Annual report of the Central Committee of the Association together with the report of the directors of the Pasteur Institute at Kasauli
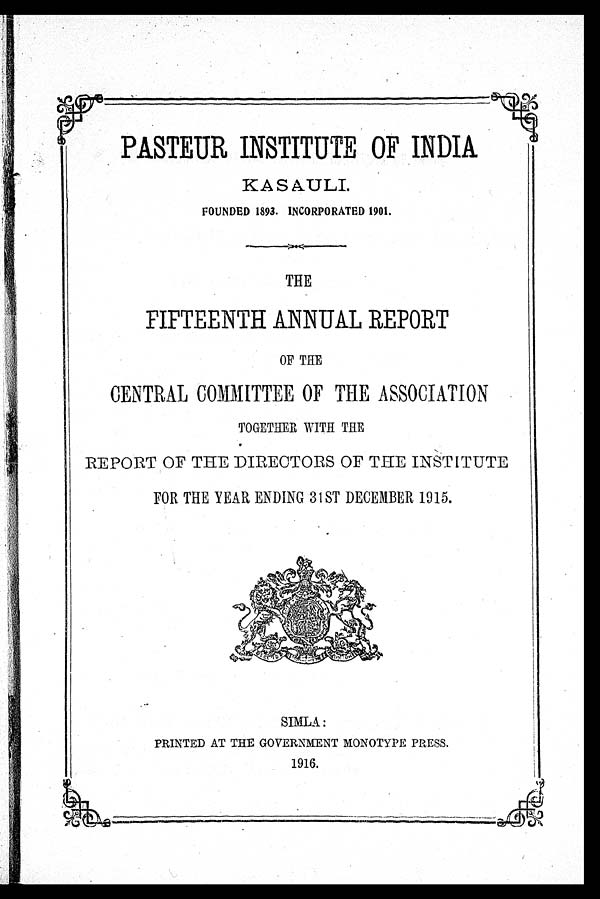
F
PASTEUR INSTITUTE OF INDIA
KASAULI.
FOUNDED 1893. INCORPORATED 1901.
....____„_.
THE
FIFTEENTH ANNUAL REPORT
OF THE
CENTRAL COMMITTEE OF THE ASSOCIATION
TOGETHER WITH THE
REPORT OF THE DIRECTORS OF THE INSTITUTE
FOR THE YEAR ENDING 31ST DECEMBER 1915.
Pk.'
tit 4'
'' i' , nt
, .
a ,
wlt 47
. i .7
‘
7 ANt4') c
ra.kk 'fy,
<4:: ? 1
,
6 doivozi:,,
SIMLA :
PRINTED AT THE GOVERNMENT MONOTYPE PRESS.
1916.